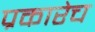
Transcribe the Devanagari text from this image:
प्रकारेच